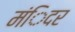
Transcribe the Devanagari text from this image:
मंिदर